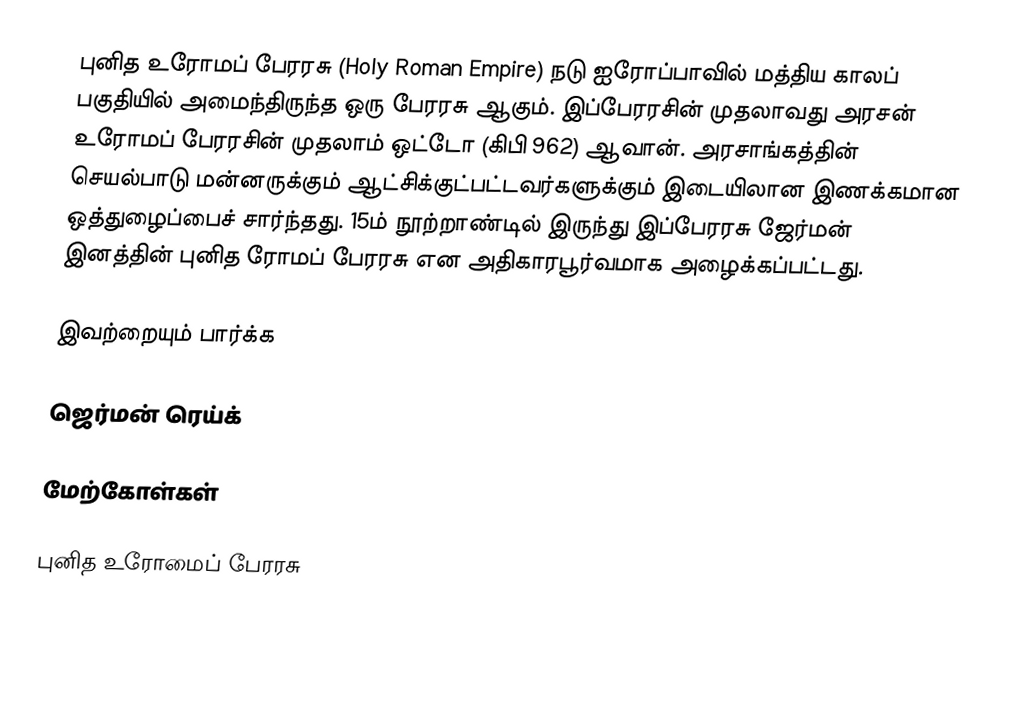
புனித உரோமப் பேரரசு (Holy Roman Empire) நடு ஐரோப்பாவில் மத்திய காலப் பகுதியில் அமைந்திருந்த ஒரு பேரரசு ஆகும். இப்பேரரசின் முதலாவது அரசன் உரோமப் பேரரசின் முதலாம் ஒட்டோ (கிபி 962) ஆவான். அரசாங்கத்தின் செயல்பாடு மன்னருக்கும் ஆட்சிக்குட்பட்டவர்களுக்கும் இடையிலான இணக்கமான ஒத்துழைப்பைச் சார்ந்தது. 15ம் நூற்றாண்டில் இருந்து இப்பேரரசு ஜேர்மன் இனத்தின் புனித ரோமப் பேரரசு என அதிகாரபூர்வமாக அழைக்கப்பட்டது.

இவற்றையும் பார்க்க

 ஜெர்மன் ரெய்க்

மேற்கோள்கள்

புனித உரோமைப் பேரரசு